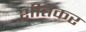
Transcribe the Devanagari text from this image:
शीतकर